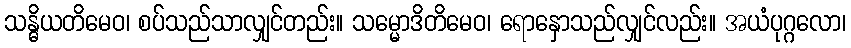
သန္ဓိယတိမေဝ၊ စပ်သည်သာလျှင်တည်း။ သမ္မောဒိတိမေဝ၊ ရောနှောသည်လျှင်လည်း။ အယံပုဂ္ဂလော၊